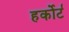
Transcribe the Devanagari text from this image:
हर्कोर्ट